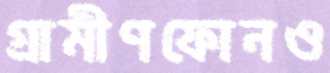
গ্রামীণফোনও